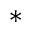
^ *